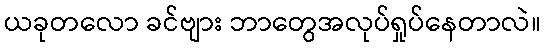
ယခုတလော ခင်ဗျား ဘာတွေအလုပ်ရှုပ်နေတာလဲ။